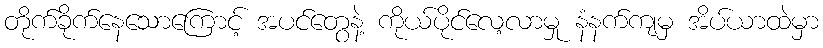
တိုက်ခိုက်နေသောကြောင့် အပင်တွေနဲ့ ကိုယ်ပိုင်လေ့လာမှု နံနက်ကျမှ အိပ်ယာထဲမှာ